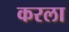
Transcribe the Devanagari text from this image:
करला